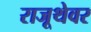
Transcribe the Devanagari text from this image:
राजूथेवर